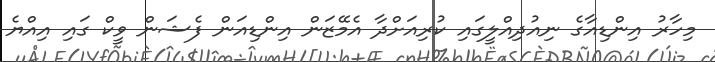
މިހާރު އިންޑިއާގެ ނިއުދިއްލީގައި ކުރިއަށްދާ އެމޭޒަން އިންޑިއަން ފެޝަން ވީކް ގައި އިއްޔެ